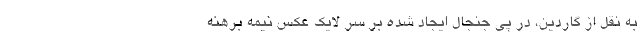
به نقل از گاردین، در پی جنجال ایجاد شده بر سر لایک عکس نیمه برهنه